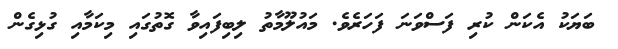
ބަޔަކު އެކަން ކުރި ފަސްވަނަ ފަހަރެވެ. މައުލޫމާތު ލިބިފައިވާ ގޮތުގައި މިކަމާއި ގުޅިގެން